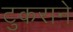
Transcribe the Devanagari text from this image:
टुकराने